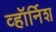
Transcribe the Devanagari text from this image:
व्हॉर्निश